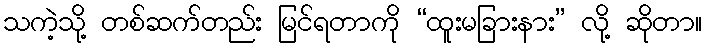
သကဲ့သို့ တစ်ဆက်တည်း မြင်ရတာကို “ထူးမခြားနား” လို့ ဆိုတာ။